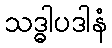
သဒ္ဓါပဒါနံ